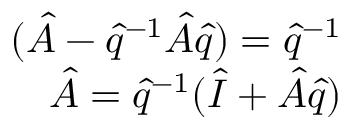
\begin{array} { r } { ( \hat { A } - \hat { q } ^ { - 1 } \hat { A } \hat { q } ) = \hat { q } ^ { - 1 } } \\ { \hat { A } = \hat { q } ^ { - 1 } ( \hat { I } + \hat { A } \hat { q } ) } \end{array}